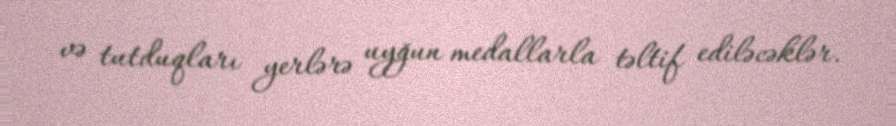
və tutduqları yerlərə uyğun medallarla təltif ediləcəklər.